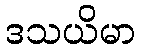
ဒသယိမာ